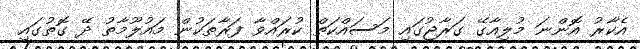
އެކާރު އޮންނަ މުލިއާގޭ ގަރާޖުގައި މަސައްކަތް ކުރައްވާ ފަރާތަކުން މައުލޫމާތު ދޭ ގޮތުގައި